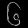
Digit: ၆